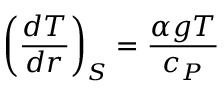
\left( \frac { d T } { d r } \right) _ { S } = \frac { \alpha g T } { c _ { P } }